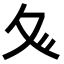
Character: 𭐝